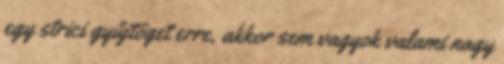
egy strici gyűjtöget erre, akkor sem vagyok valami nagy